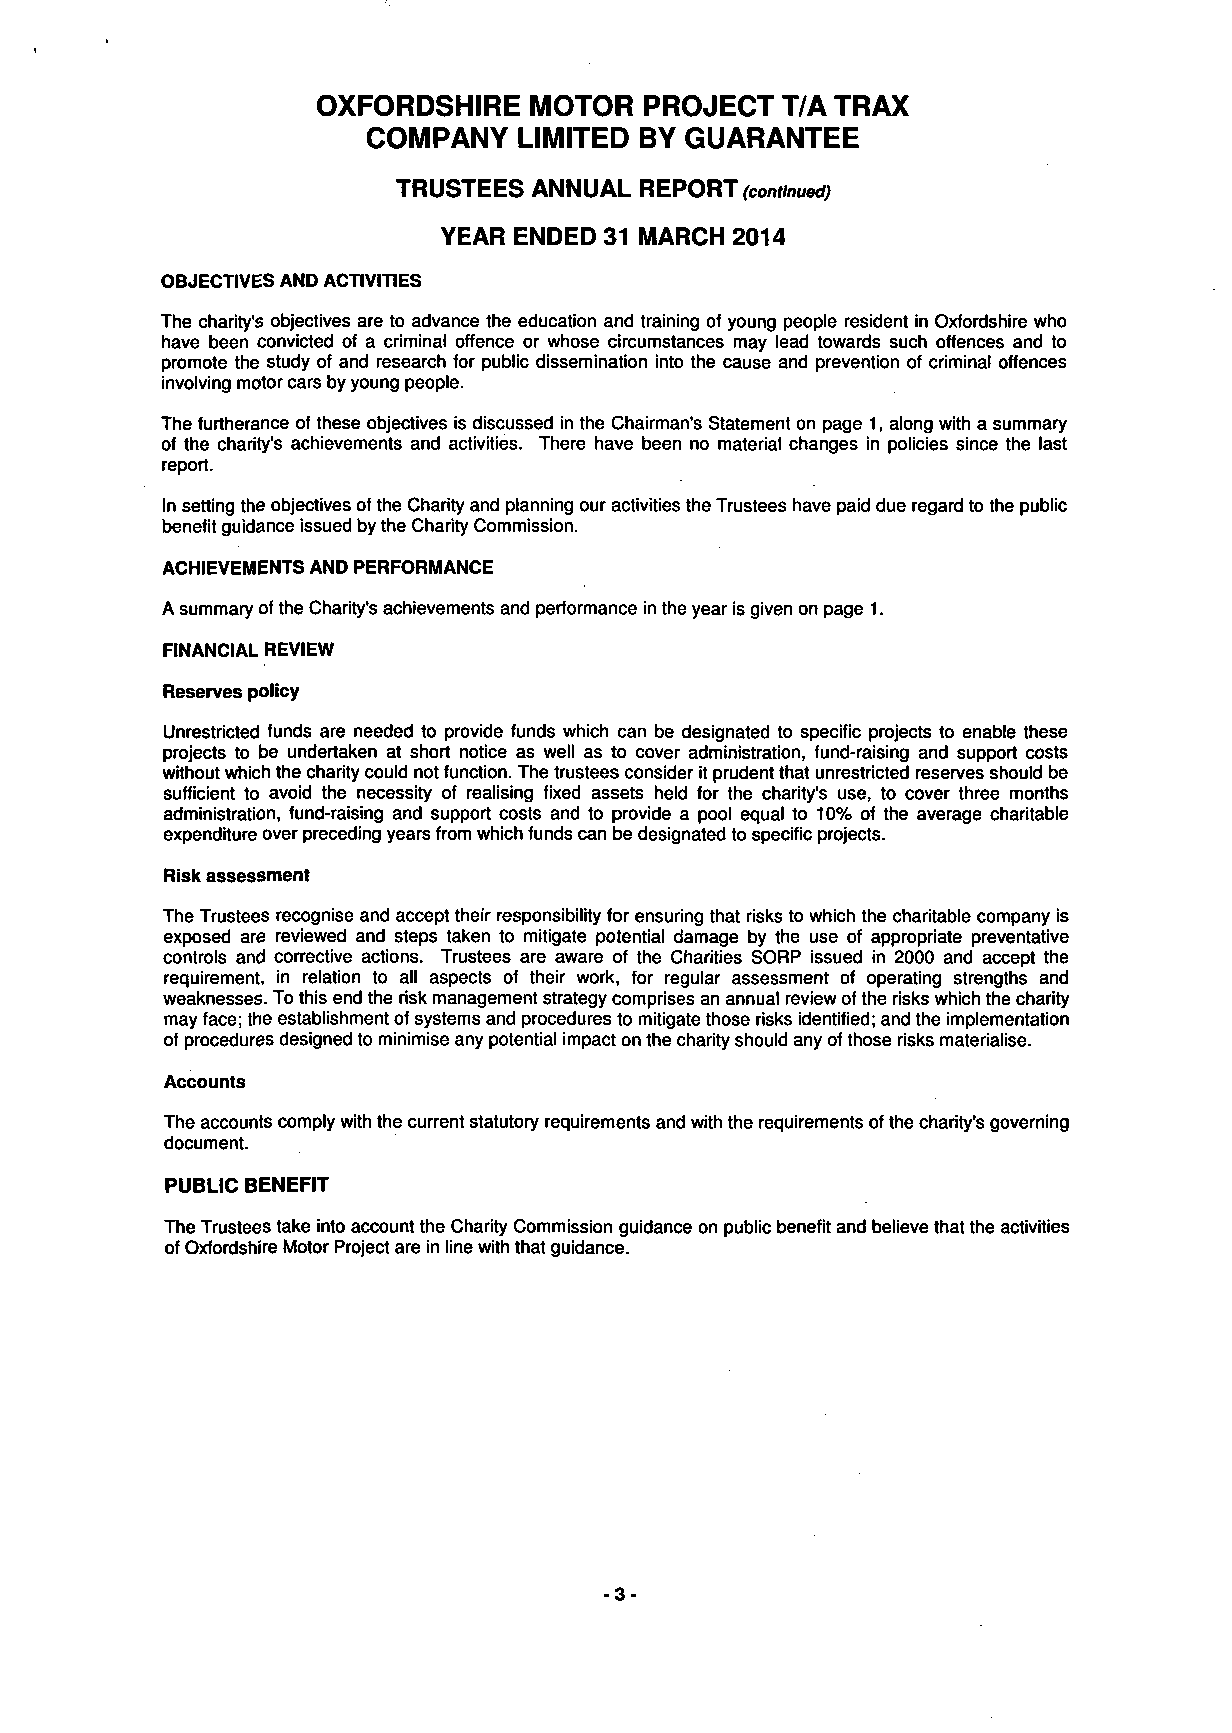
OXFORDSHIRE   MOTOR   PROJECT  T/A TRAX
 COMPANY   LIMITED BY GUARANTEE
 TRUSTEES ANNUAL REPORT (continued)
 YEAR ENDED 31 MARCH 2014
 OBJECTIVES AND ACTIVITIES
 The charity's objectives are to advance the education and training of young people resident in Oxfordshire who
 have been convicted of a criminal offence or whose circumstances may lead towards such offences and to
 promote the study of and research for public dissemination into the cause and prevention of criminal offences
 involving motor cars by young people.
 The furtherance of these objectives is discussed in the Chairman's Statement on page 1, along with a summary
 of the charity's achievements and activities. There have been no material changes in policies since the last
 report.
 In setting the objectives of the Charity and planning our activities the Trustees have paid due regard to the public
 benefit guidance issued by the Charity Commission.
 ACHIEVEMENTS AND PERFORMANCE
 A summary of the Charity's achievements and performance in the year is given on page 1.
 FINANCIAL REVIEW
 Reserves policy
 Unrestricted funds are needed to provide funds which can be designated to specific projects to enable these
 projects to be undertaken at short notice as well as to cover administration, fund-raising and support costs
 without which the charity could not function. The trustees consider it prudent that unrestricted reserves should be
 sufficient to avoid the necessity of realising fixed assets held for the charity's use, to cover three months
 administration, fund-raising and support costs and to provide a pool equal to 10% of the average charitable
 expenditure over preceding years from which funds can be designated to specific projects.
 Risk assessment
 The Trustees recognise and accept their responsibility for ensuring that risks to which the charitable company is
 exposed are reviewed and steps taken to mitigate potential damage by the use of appropriate preventative
 controls and corrective actions. Trustees are aware of the Charities SORP issued in 2000 and accept the
 requirement, in relation to all aspects of their work, for regular assessment of operating strengths and
 weaknesses. To this end the risk management strategy comprises an annual review of the risks which the charity
 may face; the establishment of systems and procedures to mitigate those risks identified; and the implementation
 of procedures designed to minimise any potential impact on the charity should any of those risks materialise.
 Accounts
 The accounts comply with the current statutory requirements and with the requirements of the charity's governing
 document.
 PUBLIC BENEFIT
 The Trustees take into account the Charity Commission guidance on public benefit and believe that the activities
 of Oxfordshire Motor Project are in line with that guidance.
 -3-